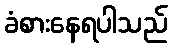
ခံစားနေရပါသည်